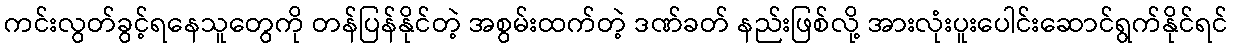
ကင်းလွတ်ခွင့်ရနေသူတွေကို တန်ပြန်နိုင်တဲ့ အစွမ်းထက်တဲ့ ဒဏ်ခတ် နည်းဖြစ်လို့ အားလုံးပူးပေါင်းဆောင်ရွက်နိုင်ရင်